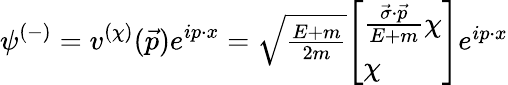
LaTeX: \psi^{(-)}=v^{(\chi)}({\vec{p}})e^{ip\cdot x}=\textstyle{\sqrt{\frac{E+m}{2m}}}{\left[\begin{array}{l}{{\frac{{\vec{\sigma}}\cdot{\vec{p}}}{E+m}}\chi}\\ {\chi}\end{array}\right]}e^{ip\cdot x}